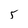
Character: 5